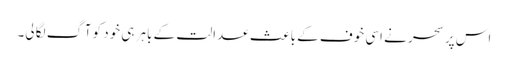
اس پر سحر نے اسی خوف کے باعث عدالت کے باہر ہی خود کو آگ لگا لی۔